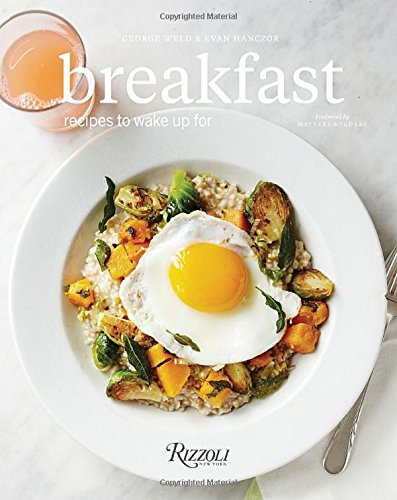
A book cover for Breakfast: Recipes to Wake Up For; George Weld; Cookbooks, Food & Wine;